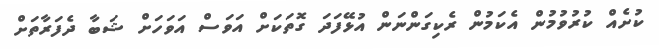
ކުށެއް ކުރުވުމުން އެކަމުން ރެކިގަންނަން އުޅޭފަދަ ގޮތަކަށް އަވަސް އަވަހަށް ޝަބާ ދެފަރާތަށް